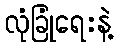
လုံခြုံရေးနဲ့